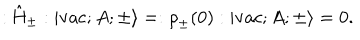
LaTeX: : \hat { \mathrm { H } } _ { \pm } : | \mathrm { v a c } ; A ; \pm \rangle = : { \rho } _ { \pm } ( 0 ) : | \mathrm { v a c } ; A ; \pm \rangle = 0 .